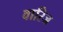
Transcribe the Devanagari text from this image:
वारिज